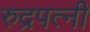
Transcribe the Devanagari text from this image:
रुद्रपत्नी